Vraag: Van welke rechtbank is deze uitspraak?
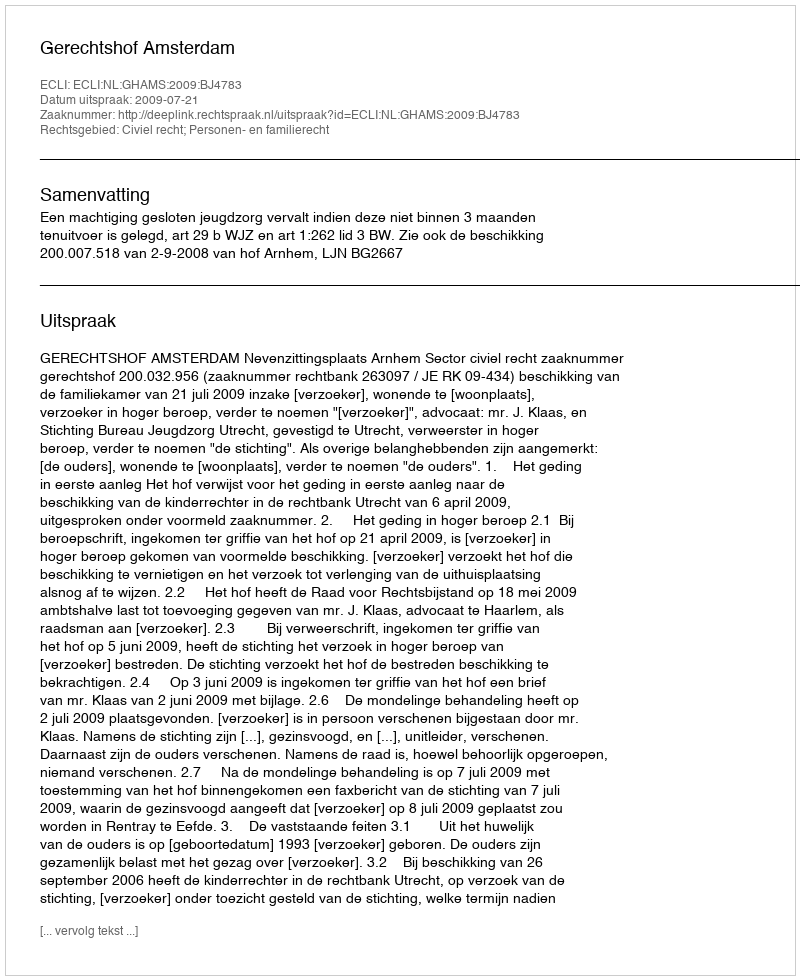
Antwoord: Gerechtshof Amsterdam